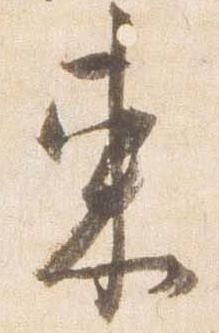
東